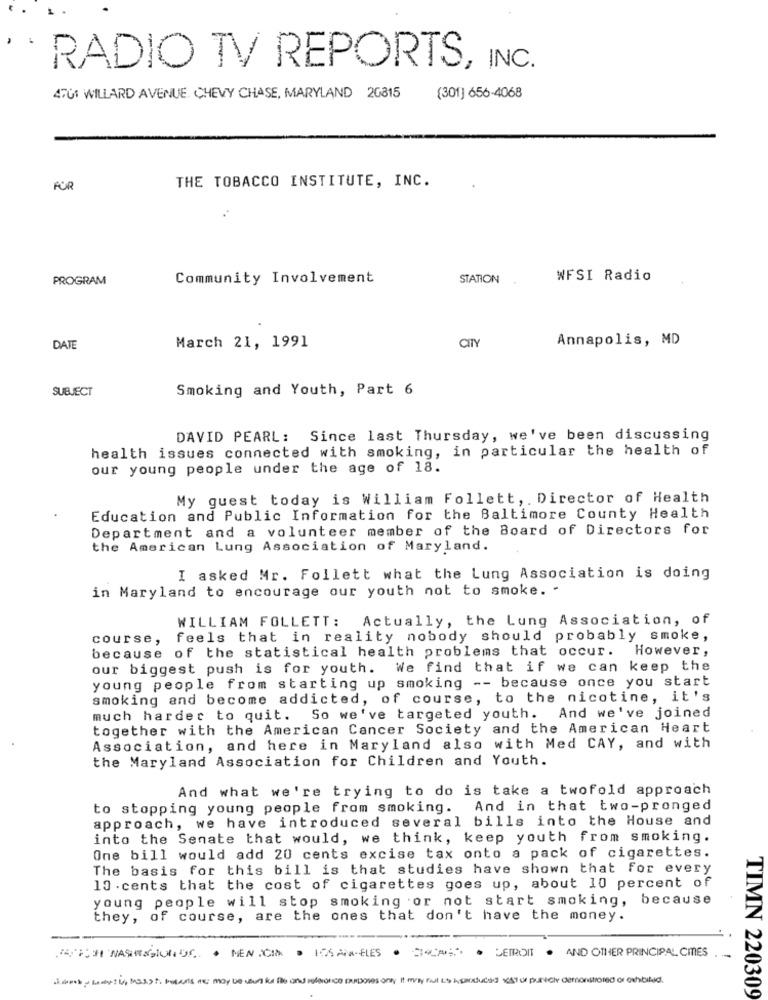
RADIO TV REPORTS, INC.
4701 WILLARD AVENUE CHEVY CHASE, MARYLAND 20815
(301] 656-4068
THE TOBACCO INSTITUTE, INC.
PROGRAM
Community Involvement
STATION
WFSI Radio
Annapolis, MD
DATE
March 21, 1991
CITY
SUBJECT
Smoking and Youth, Part 6
DAVID PEARL: Since last Thursday, we've been discussing
health issues connected with smoking, in particular the health of
our young people under the age of 18.
My guest today is William Follett, , Director of Health
Education and Public Information for the Baltimore County Health
Department and a volunteer member of the Board of Directors for
the American Lung Association of Maryland.
I asked Mr. Follett what the Lung Association is doing
in Maryland to encourage our youth not to smoke. -
WILLIAM FOLLETT:
Actually, the Lung Association, of
course,
feels that in reality nobody should probably smoke,
because of the statistical health problems that occur. However,
our biggest push is for youth. We find that if we can keep the
young people from starting up smoking -- because once you start
smoking and become addicted, of course, to the nicotine, it's
much harder to quit. So we've targeted youth. And we've joined
together with the American Cancer Society and the American Heart
Association, and here in Maryland also with Med CAY, and with
the Maryland Association for Children and Youth.
And what we're trying to do is take a twofold approach
to stopping young people from smoking. And in that two-pronged
approach, we have introduced several bills into the House and
into the Senate that would, we think, keep youth from smoking.
One bill would add 20 cents excise tax onto a pack of cigarettes.
The basis for this bill is that studies have shown that for every
10 .cents that the cost of cigarettes goes up, about 10 percent of
young people will stop smoking or not start smoking, because
they, of course, are the ones that don't have the money.
HIM MASHASIONDE . MEN :CIM . 106 APR-ELES
. DETROIT
. AND OTHER PRINCIPAL CITIES
.-
1 msk Indy: (, MS3) . Poparis : may be sun is file and whorico purposes only it may foul the lysareduced vis of puniche demonstrored or ochbiled.
TIMN 220309